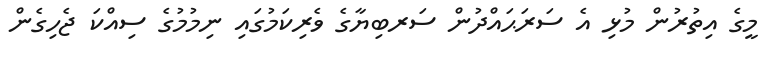
މީގެ އިތުރުން މުޅި އެ ސަރަޙައްދުން ސަރބިޔާގެ ވެރިކަމުގައި ނިމުމުގެ ސިއްކަ ޖެހިގެން